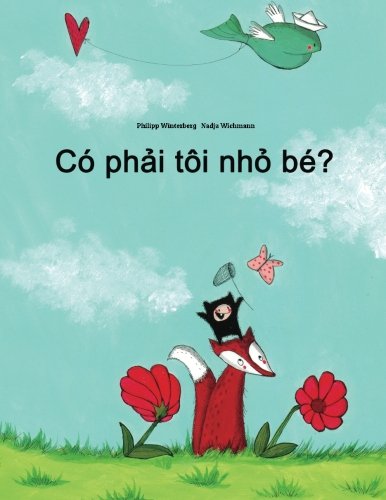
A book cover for Co phai toi nho be?: Truyen Tranh cua Philipp Winterberg va Nadja Wichmann (Vietnamese Edition); Philipp Winterberg; Children's Books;